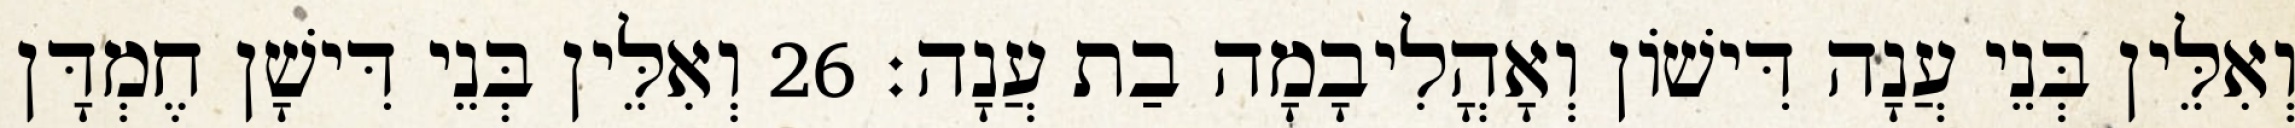
וְאִלֵּין בְּנֵי עֲנָה דִּישׁוֹן וְאָהֳלִיבָמָה בַת עֲנָה׃ 26 וְאִלֵּין בְּנֵי דִּישָׁן חֶמְדָּן